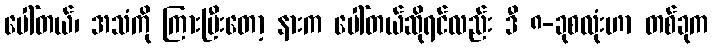
ပေါ်တယ်၊ အသံကို ကြားပြီးတော့ နားက ပေါ်တယ်ဆိုရင်လည်း ဒီ ၈-ခုစလုံးဟာ တစ်ခုက